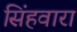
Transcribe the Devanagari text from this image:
सिंहवारा